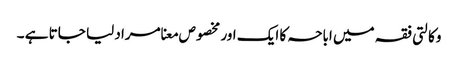
وکالتی فقہ میں اباحہ کا ایک اور مخصوص معنا مراد لیا جاتا ہے ۔